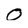
Character: 0